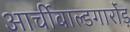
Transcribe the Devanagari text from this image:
आर्चीबाल्डगार्रोड़